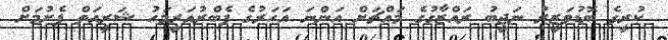
ކުރީގެ ބޮޑުވަޒީރު ނަޖީބު ރައްޒާގުގެ މައްޗަށް އަންނަ އަހަރުގެ ފެބްރުއަރީމަހު ޝަރީއަތް ފެށުމަށް